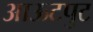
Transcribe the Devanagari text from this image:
आऊटपुट